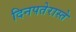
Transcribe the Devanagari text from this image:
दिनपतेरास्ते